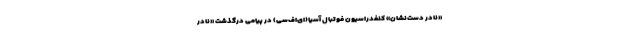
«نادر دست‌نشان» کنفدراسیون فوتبال آسیا(ای‌اف‌سی) در پیامی درگذشت «نادر